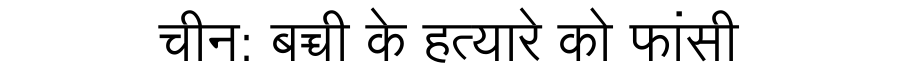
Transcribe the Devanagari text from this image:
चीन: बच्ची के हत्यारे को फांसी